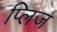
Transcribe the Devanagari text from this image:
प्लिज